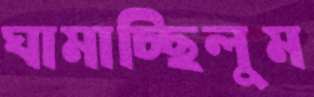
ঘামাচ্ছিলুম